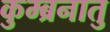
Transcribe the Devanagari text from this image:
कुम्ब्रनातु